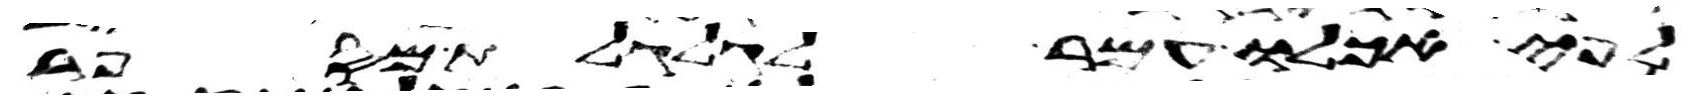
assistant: לפי אכלו עמר לגלגלת מספר